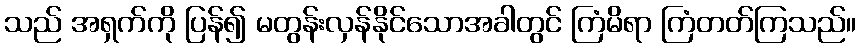
သည် အရှက်ကို ပြန်၍ မတွန်းလှန်နိုင်သောအခါတွင် ကြံမိရာ ကြံတတ်ကြသည်။